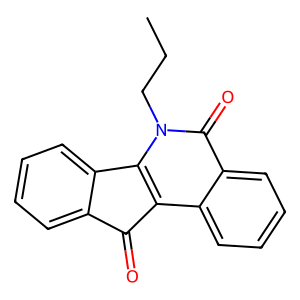
SMILES: CCCn1c2c(c3ccccc3c1=O)C(=O)c1ccccc1-2
Inhibits HIV replication: No